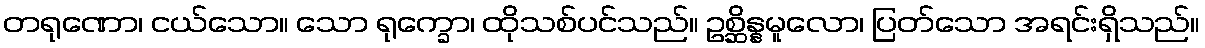
တရုဏော၊ ငယ်သော။ သော ရုက္ခော၊ ထိုသစ်ပင်သည်။ ဥစ္ဆိန္နမူလော၊ ပြတ်သော အရင်းရှိသည်။